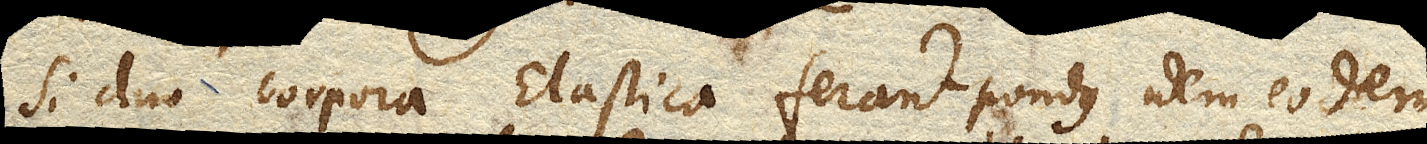
Si duo corpora Elastica ferant pondus idem eodem